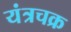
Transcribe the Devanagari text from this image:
यंत्रचक्र